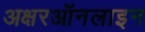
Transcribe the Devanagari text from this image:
अक्षरऑनलाइन